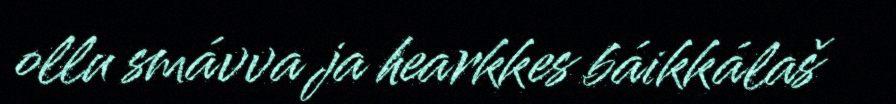
ollu smávva ja hearkkes báikkálaš